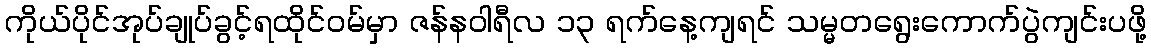
ကိုယ်ပိုင်အုပ်ချုပ်ခွင့်ရထိုင်ဝမ်မှာ ဇန်နဝါရီလ ၁၃ ရက်နေ့ကျရင် သမ္မတရွေးကောက်ပွဲကျင်းပဖို့